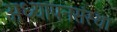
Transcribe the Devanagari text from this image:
अध्यापनसंस्था